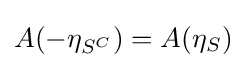
A(-\eta _{S^{C}})=A(\eta _{S})